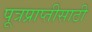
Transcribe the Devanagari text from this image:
पूत्रप्राप्तीसाठी